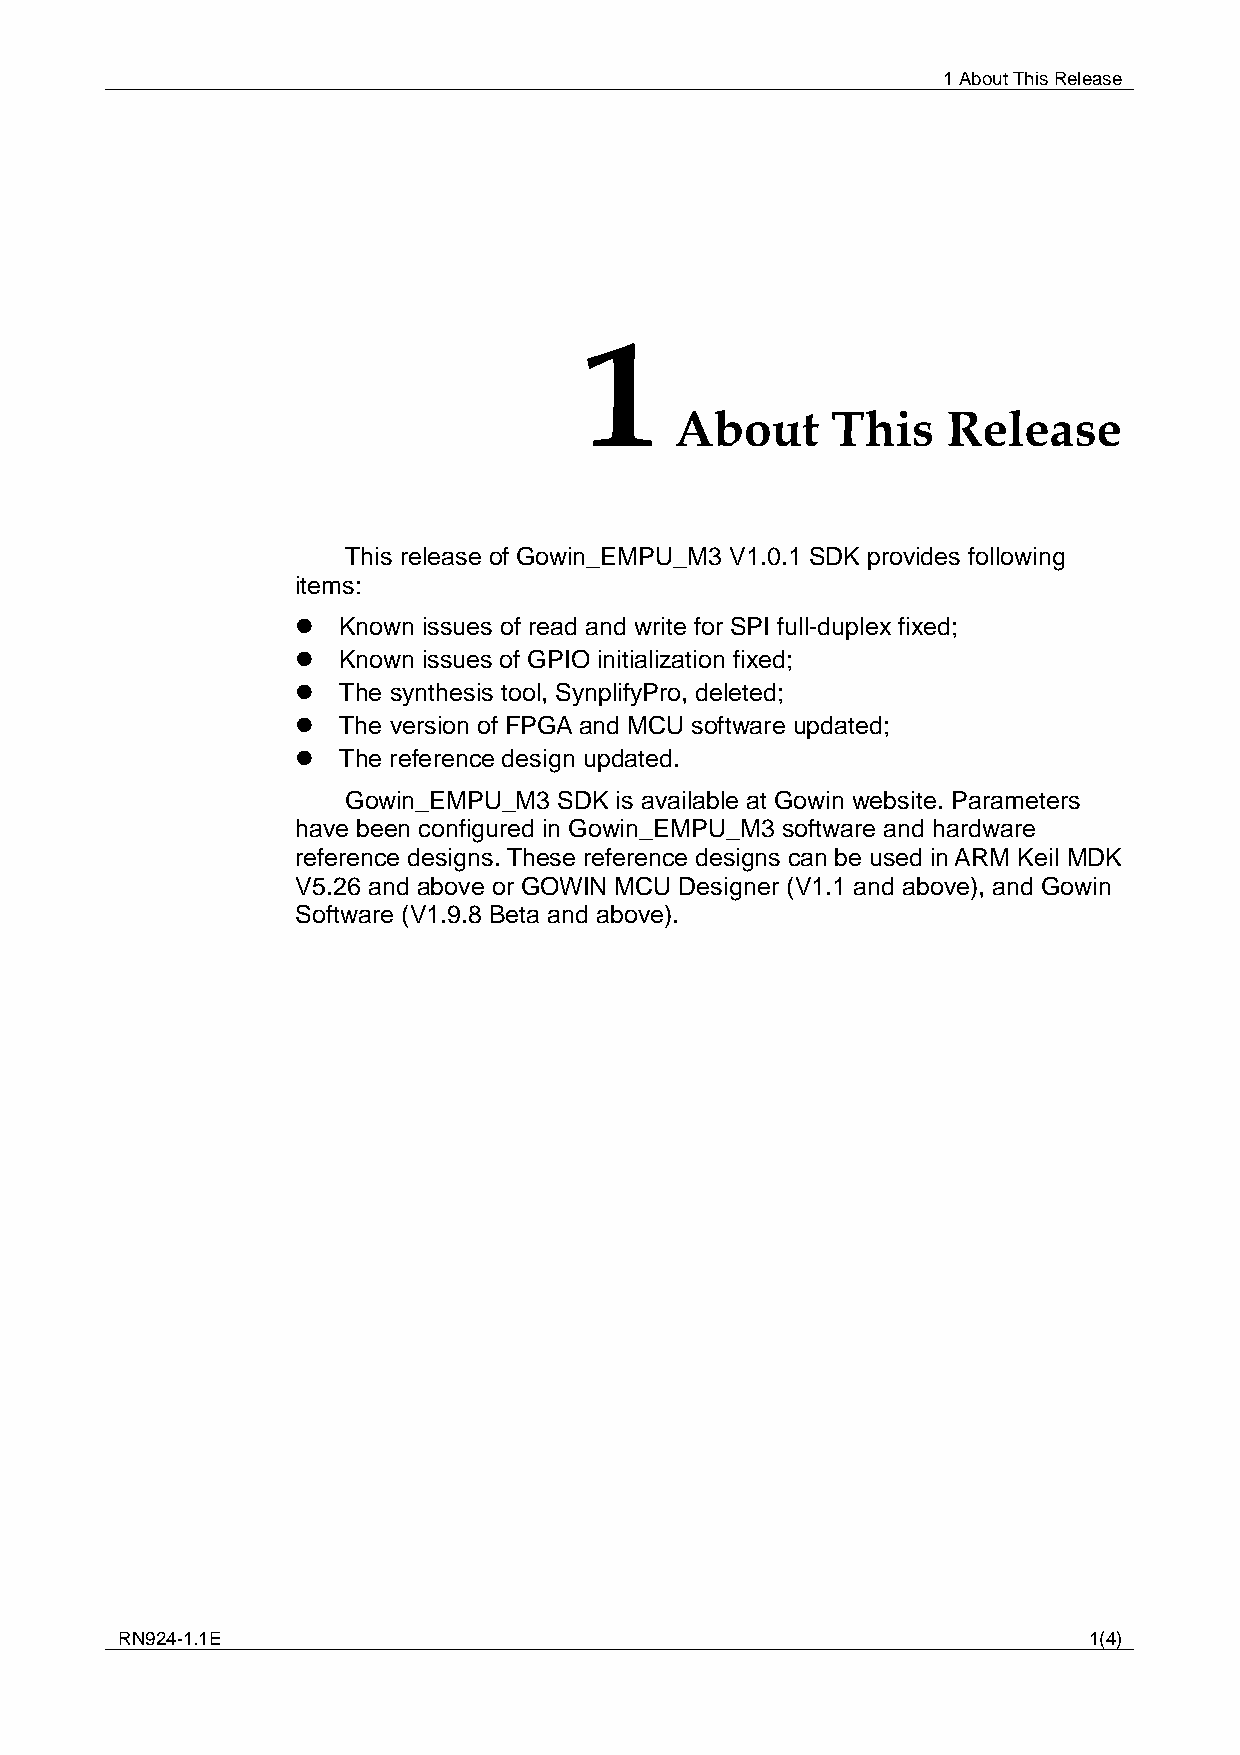
1 About This Release
 1
 About     This    Release
 This release of Gowin_EMPU_M3 V1.0.1 SDK provides following
 items:
  Known issues of read and write for SPI full-duplex fixed;
  Known issues of GPIO initialization fixed;
  The synthesis tool, SynplifyPro, deleted;
  The version of FPGA and MCU software updated;
  The reference design updated.
 Gowin_EMPU_M3 SDK is available at Gowin website. Parameters
 have been configured in Gowin_EMPU_M3 software and hardware
 reference designs. These reference designs can be used in ARM Keil MDK
 V5.26 and above or GOWIN MCU Designer (V1.1 and above), and Gowin
 Software (V1.9.8 Beta and above).
 RN924-1.1E                                                      1(4)